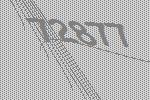
72877